King Institute of Preventive Medicine Micro-Biological Section reports 1909-11
Year: 1909
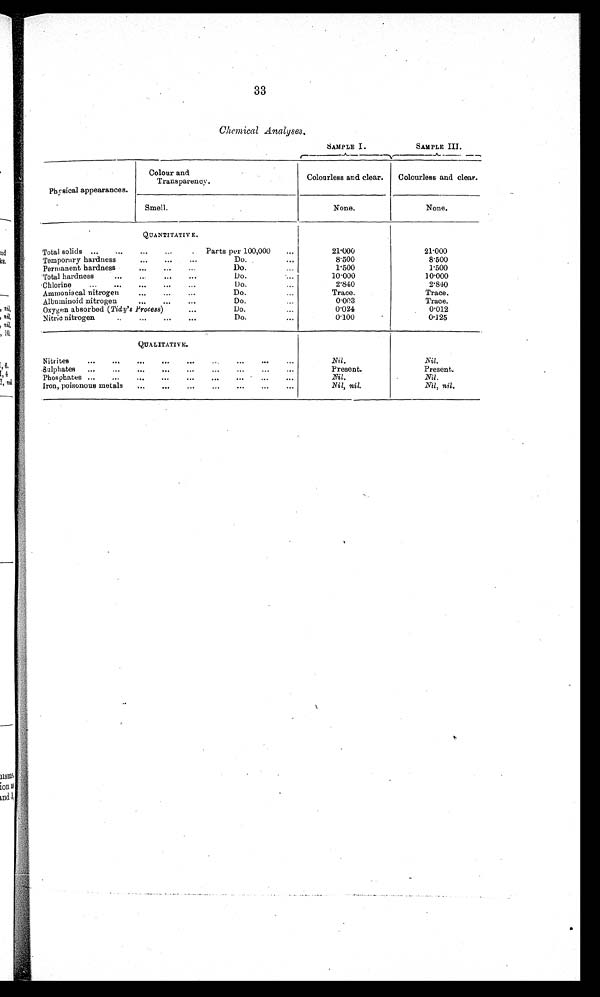
33
Chemical Analyses.
SAMPLE I.
SAMPLE III.
Physical appearances.
Colour and
Transparency.
Colourless and clear.
Colourless and clear.
Smell.
None.
None.
QUANTITATIVE.
Total solids ...
...
...
...
.
Parts per 100,000
...
21.000
21.000
Temporary hardness
...
...
...
Do. 8.500
8.500
Permanent hardness ....
D o .
1.500
1.500
Total hardness
.
...
..
...
..
Do.
10.000
10.000
Chlorine
...
...
...
...
Do..
2 . 8 4 0
2 . 8 4 0
Ammoniacal nitrogen
...
...
...
Do. Trace.
Trace.
Albuminoid nitrogen.. ...
...
...
D o .
0.003
Trace.
. . .
Oxygen absorbed (Tidy's Process)...
D o .
0.024
0.012
Nitric nitrogen..
.. ....
...
D o .
0.100
0.125
QUALITATIVE.
Nitrites
...
...
...
.. .. . ... ... . ...
Nil .
Nil.
Sulphates
...
...
...
...
...
...
...
...
Present.
Present.
Phosphates ...
...
...
...
...
...
...
...
...
Nil.
Nil .
Iron, poisonous metals
...
....... ...
...
... . .
Nil, nil.
Nil, nil.